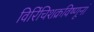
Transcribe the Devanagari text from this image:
विरिंचिशक्रविष्णूनां